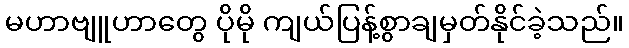
မဟာဗျူဟာတွေ ပိုမို ကျယ်ပြန့်စွာချမှတ်နိုင်ခဲ့သည်။